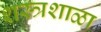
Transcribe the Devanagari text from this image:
शस्त्रशाळा